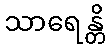
သာရေန္တိ